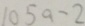
1 0 5 a - 2